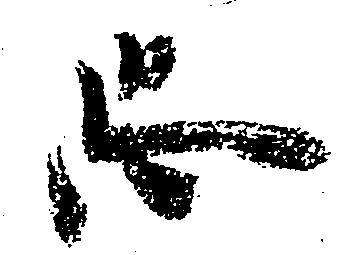
恐